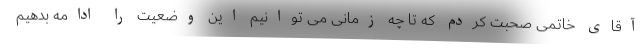
آقای خاتمی صحبت کردم که تا چه زمانی می توانیم این وضعیت را ادامه بدهیم